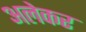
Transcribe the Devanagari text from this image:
अलेकर